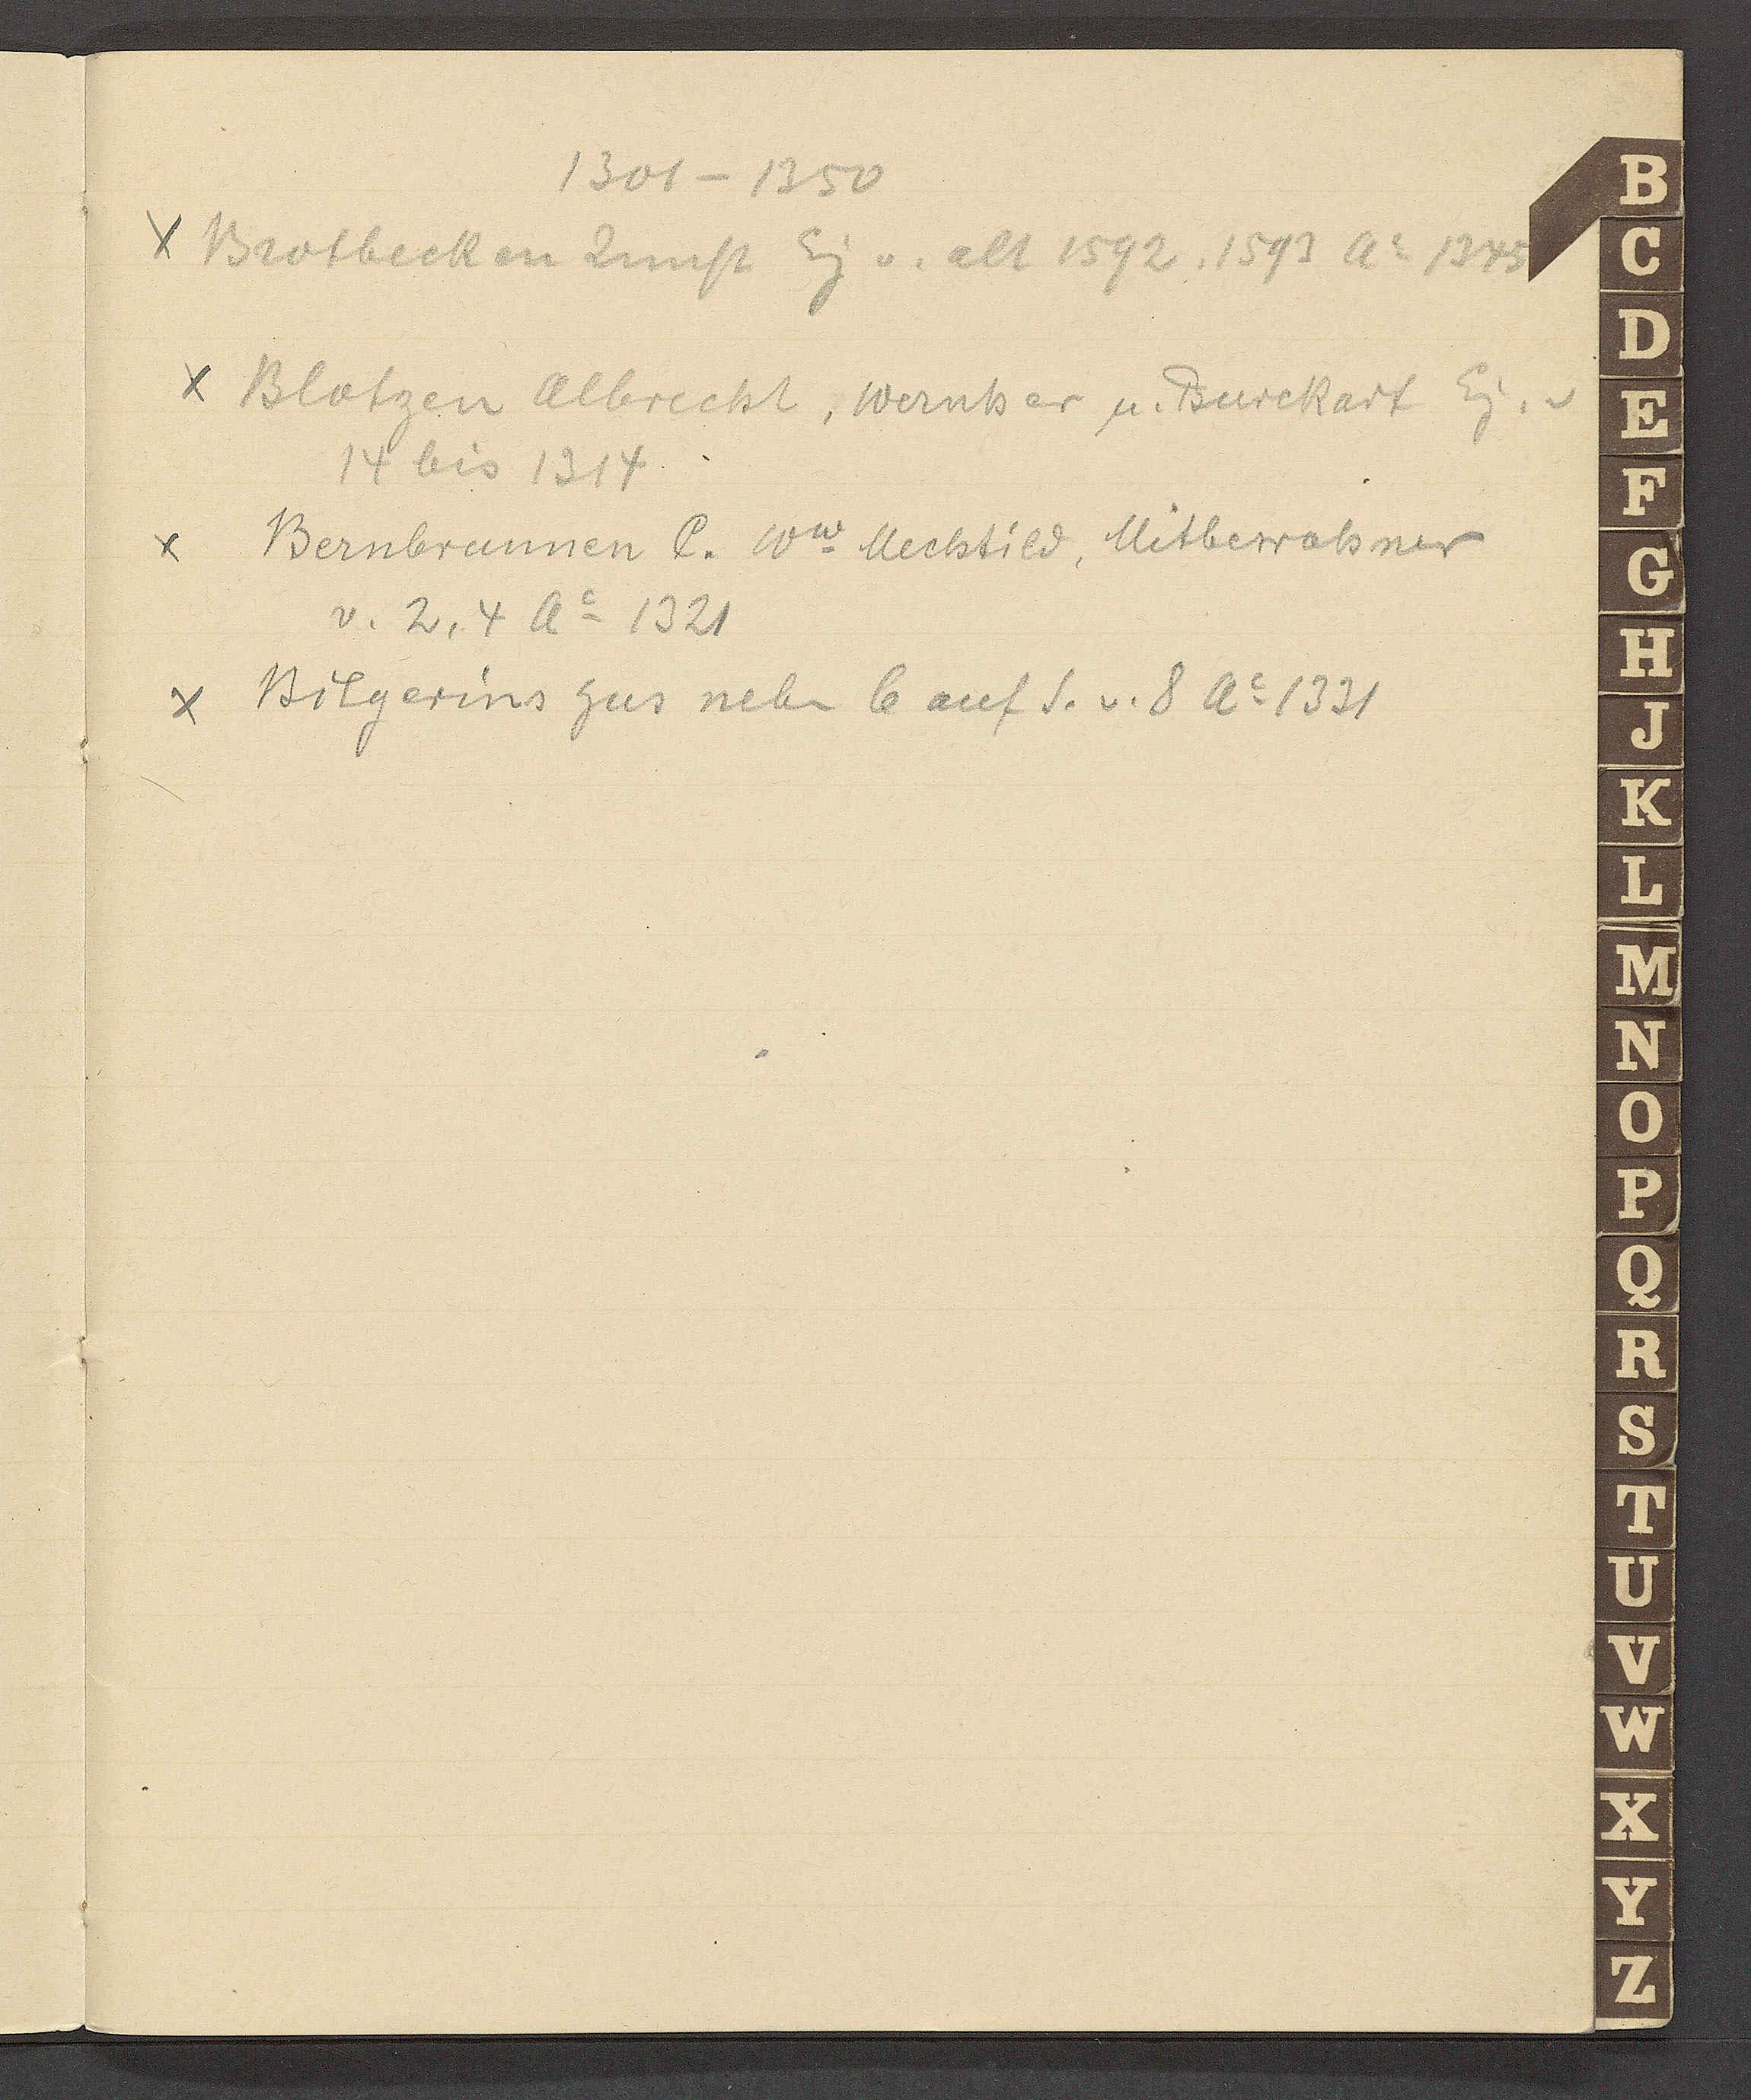
Transcript:
1301 – 1350

Brotbecken Zunft Eig v. alt 1592, 1593 Ao 1345

Blotzen Albrecht, Wernher, u. Burckart Eig. v
14 bis 1314

Bernbrunnen C. Ww Mechtild, Mitbewohner
v. 2, 4 Ao 1321

Bilgerins hus neben 6 auf S. v. 8 Ao 1331